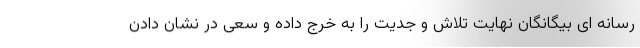
رسانه ای بیگانگان نهایت تلاش و جدیت را به خرج داده و سعی در نشان دادن